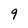
Character: 9